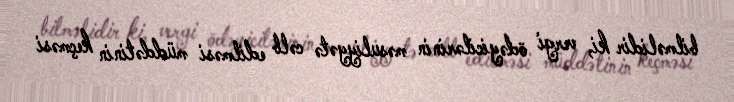
bilməlidir ki, vergi ödəyicilərinin məsuliyyətə cəlb edilməsi müddətinin keçməsi